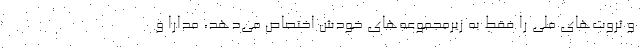
و ثروت‌های ملی را فقط به زیرمجموعه‌های خودش اختصاص می‌دهد، مدارا و